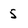
Character: 5